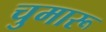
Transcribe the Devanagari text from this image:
चुमारू